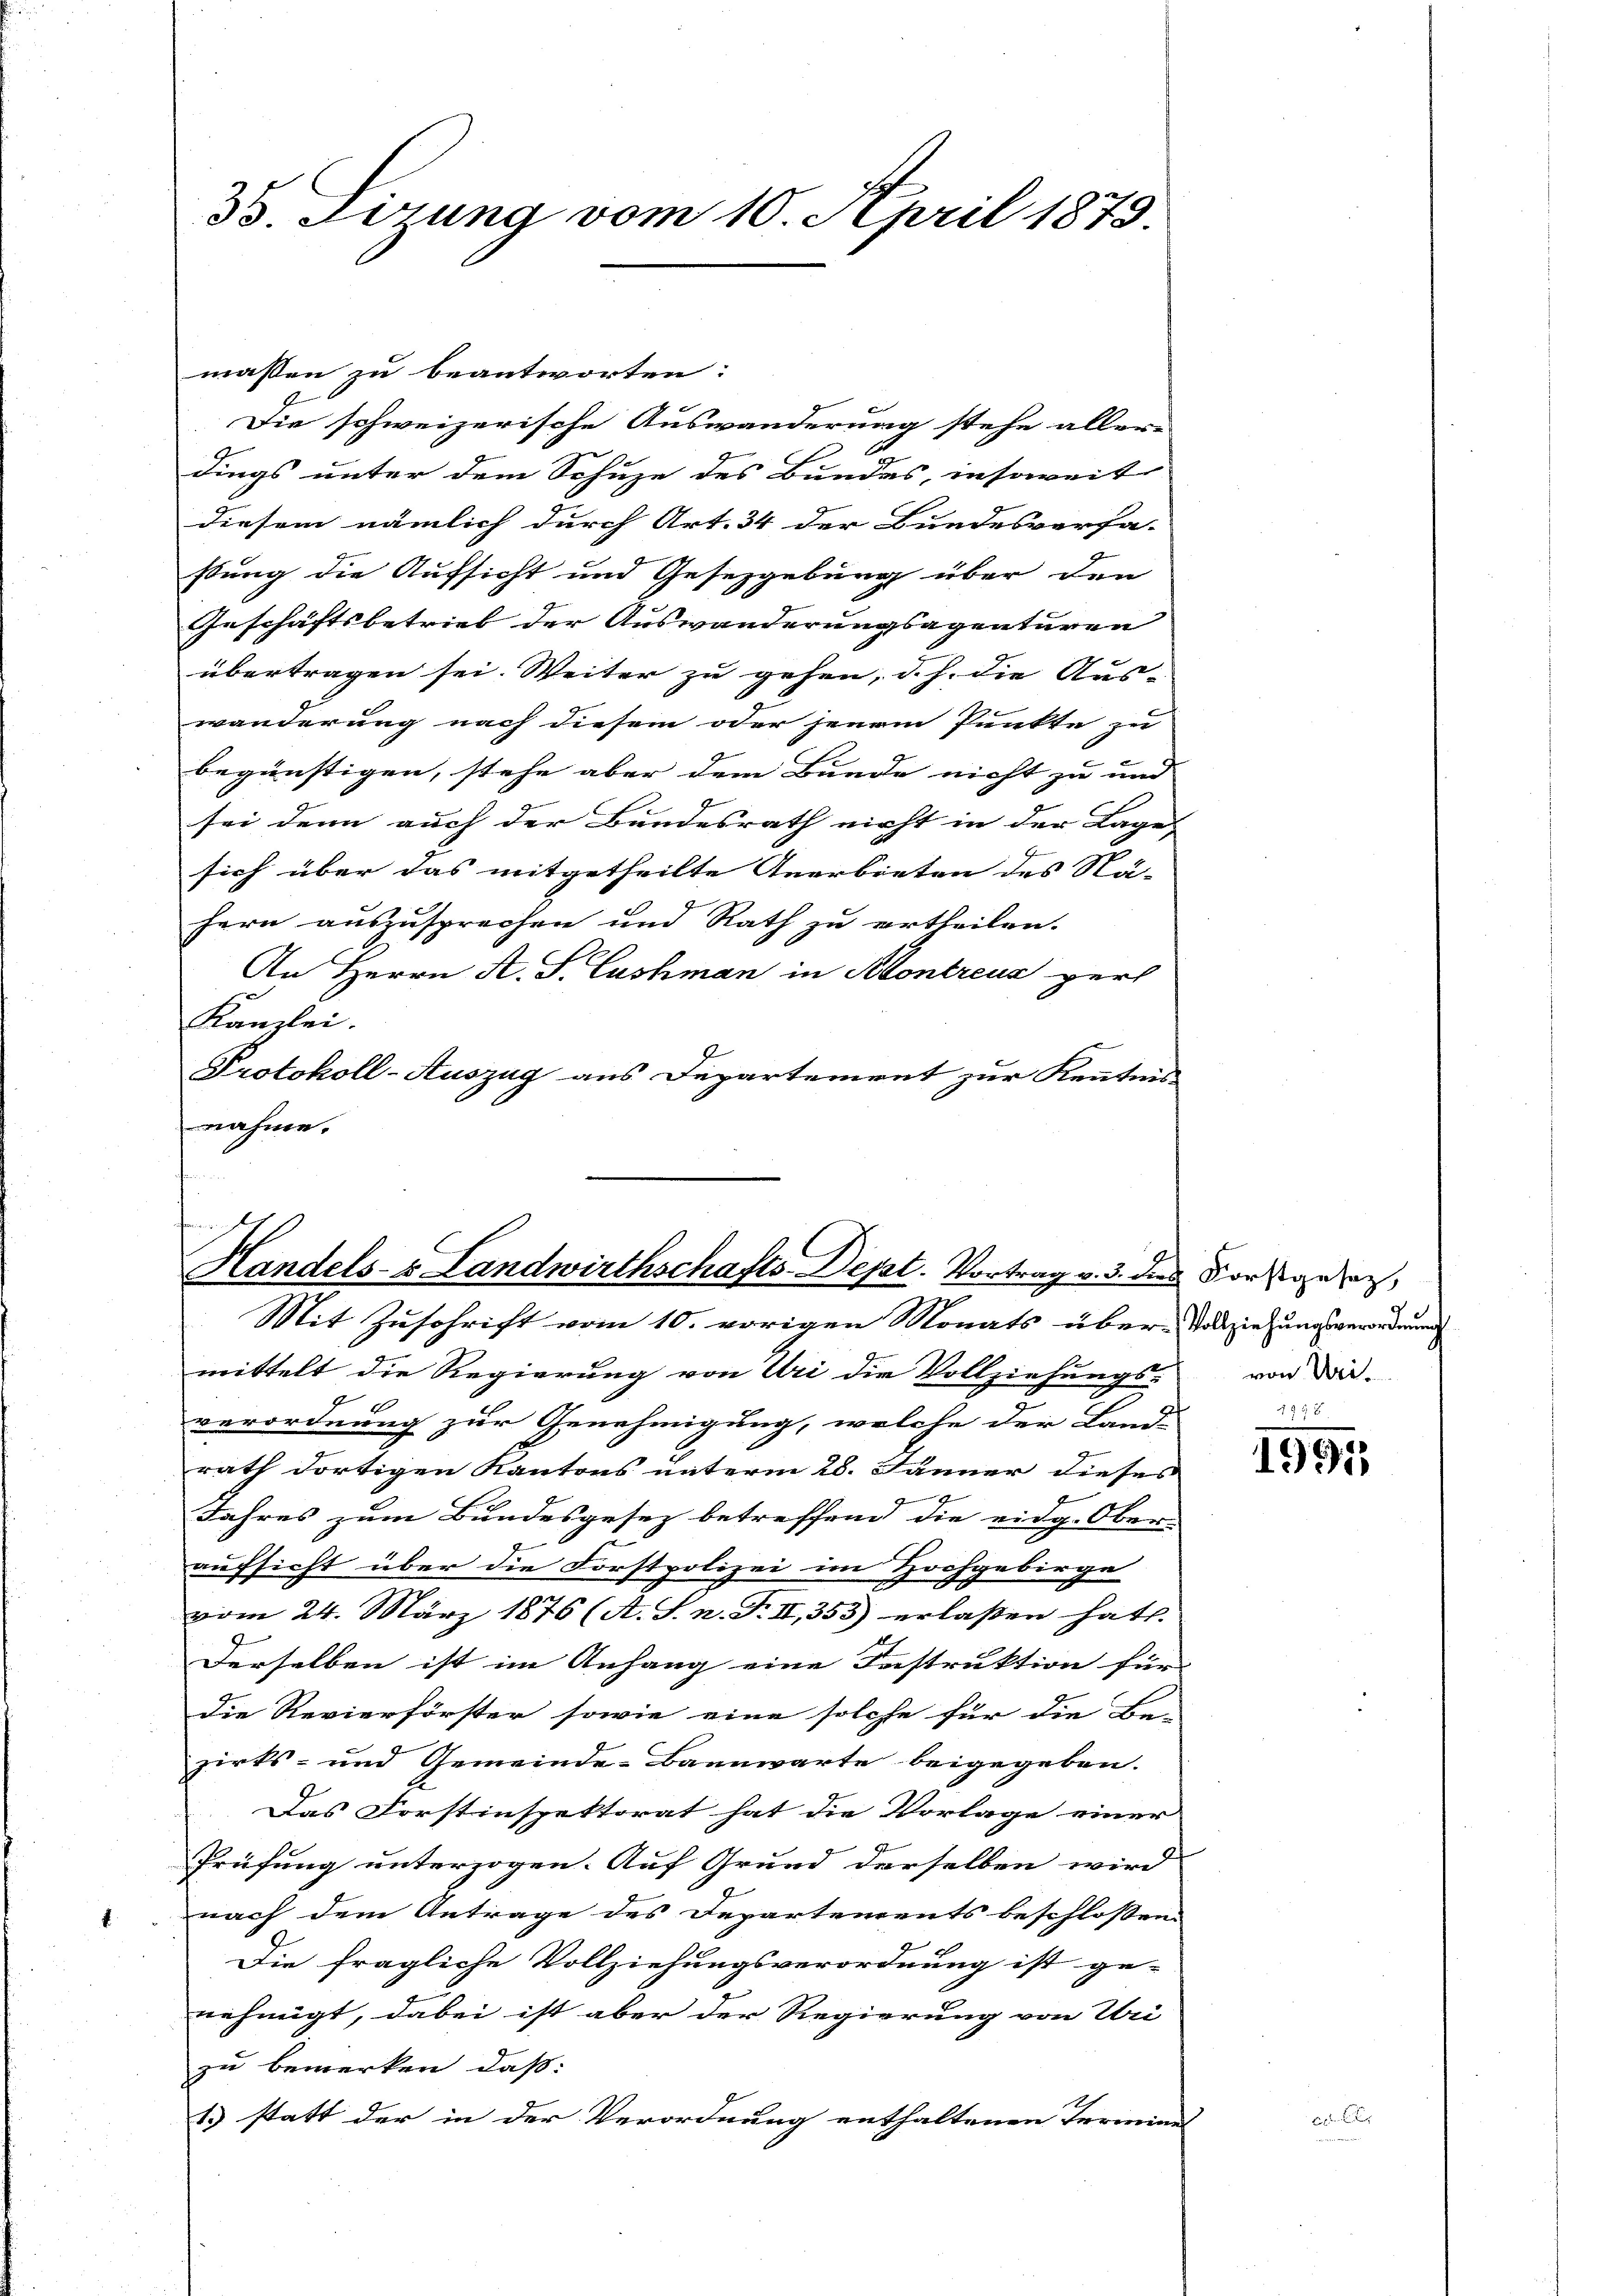
33. Sizung vom 10. April 1873.

maßen zu beantworten:
Die schweizerische Auswanderung stehe aller-
dings unter dem Schuze des Bundes, insoweit
diesem nämlich durch Art. 34 der Bundesverfa-
stung die Aufsicht und Gesetzgebung über den
Geschäftsbetrieb der Auswanderungsagenturen
übertragen sei. Weiter zu gehen, d. h. die Aus-
wänderung nach diesem oder jenem Punkte zu
begünstigen, stehe aber dem Bunde nicht zu und |
sei denn auch der Bundesrath nicht in der Lage, |
sich über das mitgetheilte Anerbieten des Nä-
hern auszusprechen und Rath zu ertheilen.
An Herrn A. S. Cashman in Kontreus pers
Kanzlei.
Protokoll-Auszug aus Departement zur Kenntnis
nahme.

f
Handels- & Landwirthschafts-Dept. Vortrag v. 3. di
Mit Zuschrift vom 10. vorigen Monats über-Vollziehungsverordnung

mittelt die Regierung von Uri die Vollziehungs- von dar-
verordnung zur Genehmigung, welche der Land-
rath dortigen Kantons unterm 28. Jänner dieses
Jahres zum Bundesgesez betreffend die eidg. Ober-
aufsicht über die Forstpolizei im Hochgebirge
vom 24. März 1876 (A. S. n. F. II 353 erlaßen hat.
Derselben ist im Anhang eine Instruktion für
die Revierförster sowie eine solche für die Be-
zirks- und Gemeinde-Bannwarte beigegeben.
Das Forstinspektorat hat die Vorlage einer
Prüfung unterzogen. Auf Grund derselben wird
nach dem Antrage des Departements beschlossen
Die fragliche Vollziehungsverordnung ist ge-
nehmigt, dabei ist aber der Regierung von Uri
zu bemerken, daß:
1) statt der in der Verordnung enthaltenen Termines |

Forstgesetz,

1991